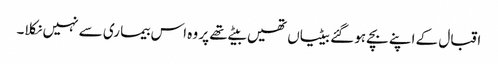
اقبال کے اپنے بچے ہو گئے بیٹیاں تھیں بیٹے تھے پر وہ اس بیما ری سے نہیں نکلا۔